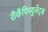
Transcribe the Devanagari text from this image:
रीकॅपिच्युलेट्स